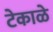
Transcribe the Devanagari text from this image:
टेकाळे